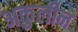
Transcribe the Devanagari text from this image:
अकुलीन